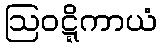
ဩဝဋ္ဋိကာယံ